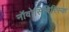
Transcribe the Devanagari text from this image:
नॉवोसिबिरिस्क